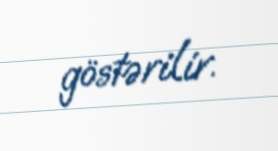
göstərilir.